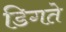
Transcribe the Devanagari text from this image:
डिगते